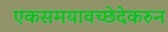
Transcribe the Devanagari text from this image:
एकसमयावच्छेदेकरुन